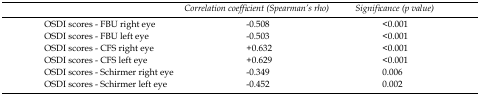
|  | Correlation coefficient (Spearman’s rho) | Significance (p value) |
 | --- | --- | --- |
 | OSDI scores - FBU right eye | -0.508 | <0.001 |
 | OSDI scores - FBU left eye | -0.503 | <0.001 |
 | OSDI scores - CFS right eye | +0.632 | <0.001 |
 | OSDI scores - CFS left eye | +0.629 | <0.001 |
 | OSDI scores - Schirmer right eye | -0.349 | 0.006 |
 | OSDI scores - Schirmer left eye | -0.452 | 0.002 |